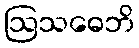
ဩသဓေဘိ